Vaccination in Burma 1900-1911 - 1900-1911
Year: 1900
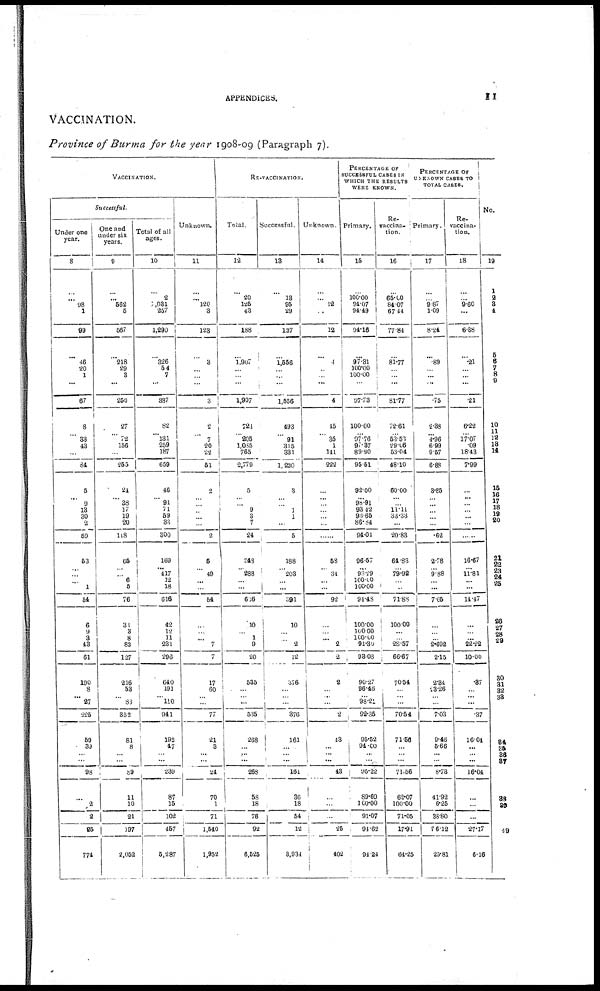
APPENDICES.
11
VACCINATION.
Province of Burma for the year 1908-09 (Paragraph 7).
VACCINATION.
Successful.
Under one
year.
8
...
... 98
1
99
...
46
20
1
...
67
8
...
33
43
...
84
5
...
9
13
30
2
59
53
...
...
...
1
54
6
9
3
43
61
190
8
... 27
225
59
39
...
...
98
...
2
2
25
774
One and
under six
years.
9
...
... 562
5
567
...
218
29
3
...
250
27
...
72
156
...
255
24
... 38
17
19
20
118
65
...
...
6
5
76
30
3
8
83
127
216
53
...
80
852
81
8
... ...
89
11
10
21
197
2,052
Total of all
ages.
10
...
2
1,031
257
1,290
...
326
54
7
...
387
82
...
131
259
187
659
46
... 91
71
59
33
300
169
... 417
12
18
616
42
12
11
231
296
640
191
...
110
941
192
47
...
...
239
87
15
102
457
5,287
Unknown.
11
...
... 120
3
123
...
3
... ...
...
3
2
...
7
20
22
51
2
... ...
...
...
...
2
5
...
49
...
...
54
...
... ... 7
7
17
60
...
...
77
21
3
...
...
24
70
1
71
1,540
1,952
RE-VACCINATION.
Total.
12
...
20
125
43
188
...
1,907
...
...
...
1,907
724
...
205
1,085
765
2,779
5
... ...
9
3
7
24
348
... 288
... ...
636
10
...
1
9
20
535
...
... ...
535
268
...
... ...
268
58
18
76
92
6,525
Successful.
13
...
13
95
29
137
...
1,556
...
...
...
1,556
493
...
91
315
331
1,230
3
... ...
1
1
...
5
188
... 203
...
...
391
10
...
...
2
12
376
... ...
...
376
161
...
... ...
161
36
18
54
12
3,934
Unknown.
14
...
...
12
...
12
...
4
...
...
...
4
15
...
35
1
141
222
...
... ...
...
...
...
...
58
...
34
...
...
92
...
... ... 2
2
2
... ...
...
2
13
...
... ...
43
...
...
...
25
402
PERCENTAGE OF
SUCCESSFUL CASES IN
WHICH THE RESULTS
WERE KNOWN.
Primary.
15
...
100.00
94.07
94.49
94.16
...
97.31
100.00
100.00
...
97.73
100.00
...
97.76
97.37
89.90
95.51
92.00
... 98.91 93.42
93.65
86.84
94.01
96.57
...
93.29
100.00
100.00
94.48
100.00
100.00
100.00
91.30
93.08
90.27
96.46
... 98.21
92.35
95.52
94.00
...
...
95.22
89.69
100.00
91.07
94.62
94.24
Re-
vaccina-
tion.
16
...
65.00
84.07
67.44
77.84
...
81.77
...
...
...
81.77
72.61
...
53.53
29.09
53.04
48.10
60.00
... ... 11.11
33.33
...
20.83
64.83
... 79.92
...
...
71.88
100.00
...
... 28.57
66.67
70.54
...
...
...
70.54
71.56
...
... ...
71.56
62.07
100.00
71.05
17.91
64.25
PERCENTAGE OF
UNKNOWN CASES TO
TOTAL CASES.
Primary.
17
...
... 9.87
1.09
8.24
...
.89
...
...
...
.75
2.38
...
4.96
6.99
9.57
6.88
3.85
... ...
...
...
...
.62
2.78
... 9.88
...
...
7.65
...
...
... 2.692
2.15
2.34
23.26
...
...
7.03
9.46
5.66
...
...
8.73
11.92
6.25
38.80
76.12
25.81
Re-
vaccina-
tion.
18
...
... 9.60
...
6.38
...
.21
...
...
...
.21
6.22
... 17.07
.09
18.43
7.99
...
... ...
...
...
...
...
16.67
...
11.81
... ...
14.47
...
... ...
22.22
10.00
.87
... ...
...
.37
16.04
...
... ...
16.04
...
...
...
27.17
6.16
No.
19
1
2
3
4
...
5
6
7
8
9
10
11
12
13
14
...
15
16 17 18
19
20
...
21
22
...
... 25
...
26
27
28
29
30
31
32
33
34
35
36
37
38
39
49